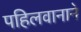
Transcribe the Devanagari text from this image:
पहिलवानाने